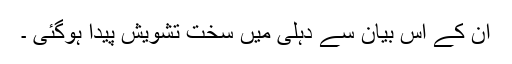
ان کے اس بیان سے دہلی میں سخت تشویش پیدا ہوگئی ۔